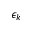
\epsilon _ { k }